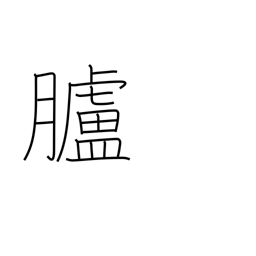
Meaning: skin